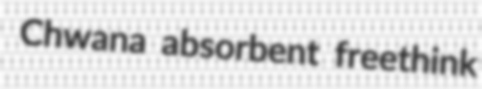
Chwana absorbent freethink